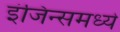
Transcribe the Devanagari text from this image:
इंजिन्समध्ये